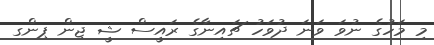
މި މަހުގެ ނުވަ ވަނަ ދުވަހު ޗައިނާގެ ރައީސް ޝީ ޖިން ޕިންގ